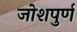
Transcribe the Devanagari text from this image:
जोशपुर्ण